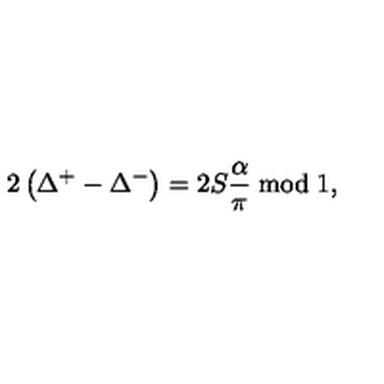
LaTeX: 2 \left( \Delta ^ { + } - \Delta ^ { - } \right) = 2 S \frac { \alpha } { \pi } \bmod 1 ,